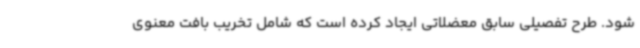
شود. طرح تفصیلی سابق معضلاتی ایجاد کرده است که شامل تخریب بافت معنوی